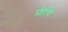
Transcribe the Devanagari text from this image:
प्रीवि